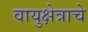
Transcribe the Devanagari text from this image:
वायुक्षेत्राचे